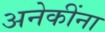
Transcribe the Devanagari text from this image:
अनेकींना